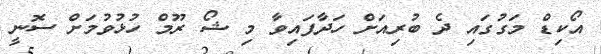
އޯކިޑް މަގުގައި ދެ ބުރިއަށް ހަދާފައިވާ މި ޝޯ ރޫމް ހުޅުވުމަށް ސޮނީ